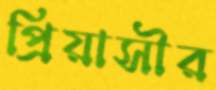
প্রিয়াসীর